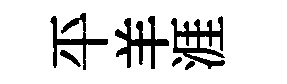
平羊涯